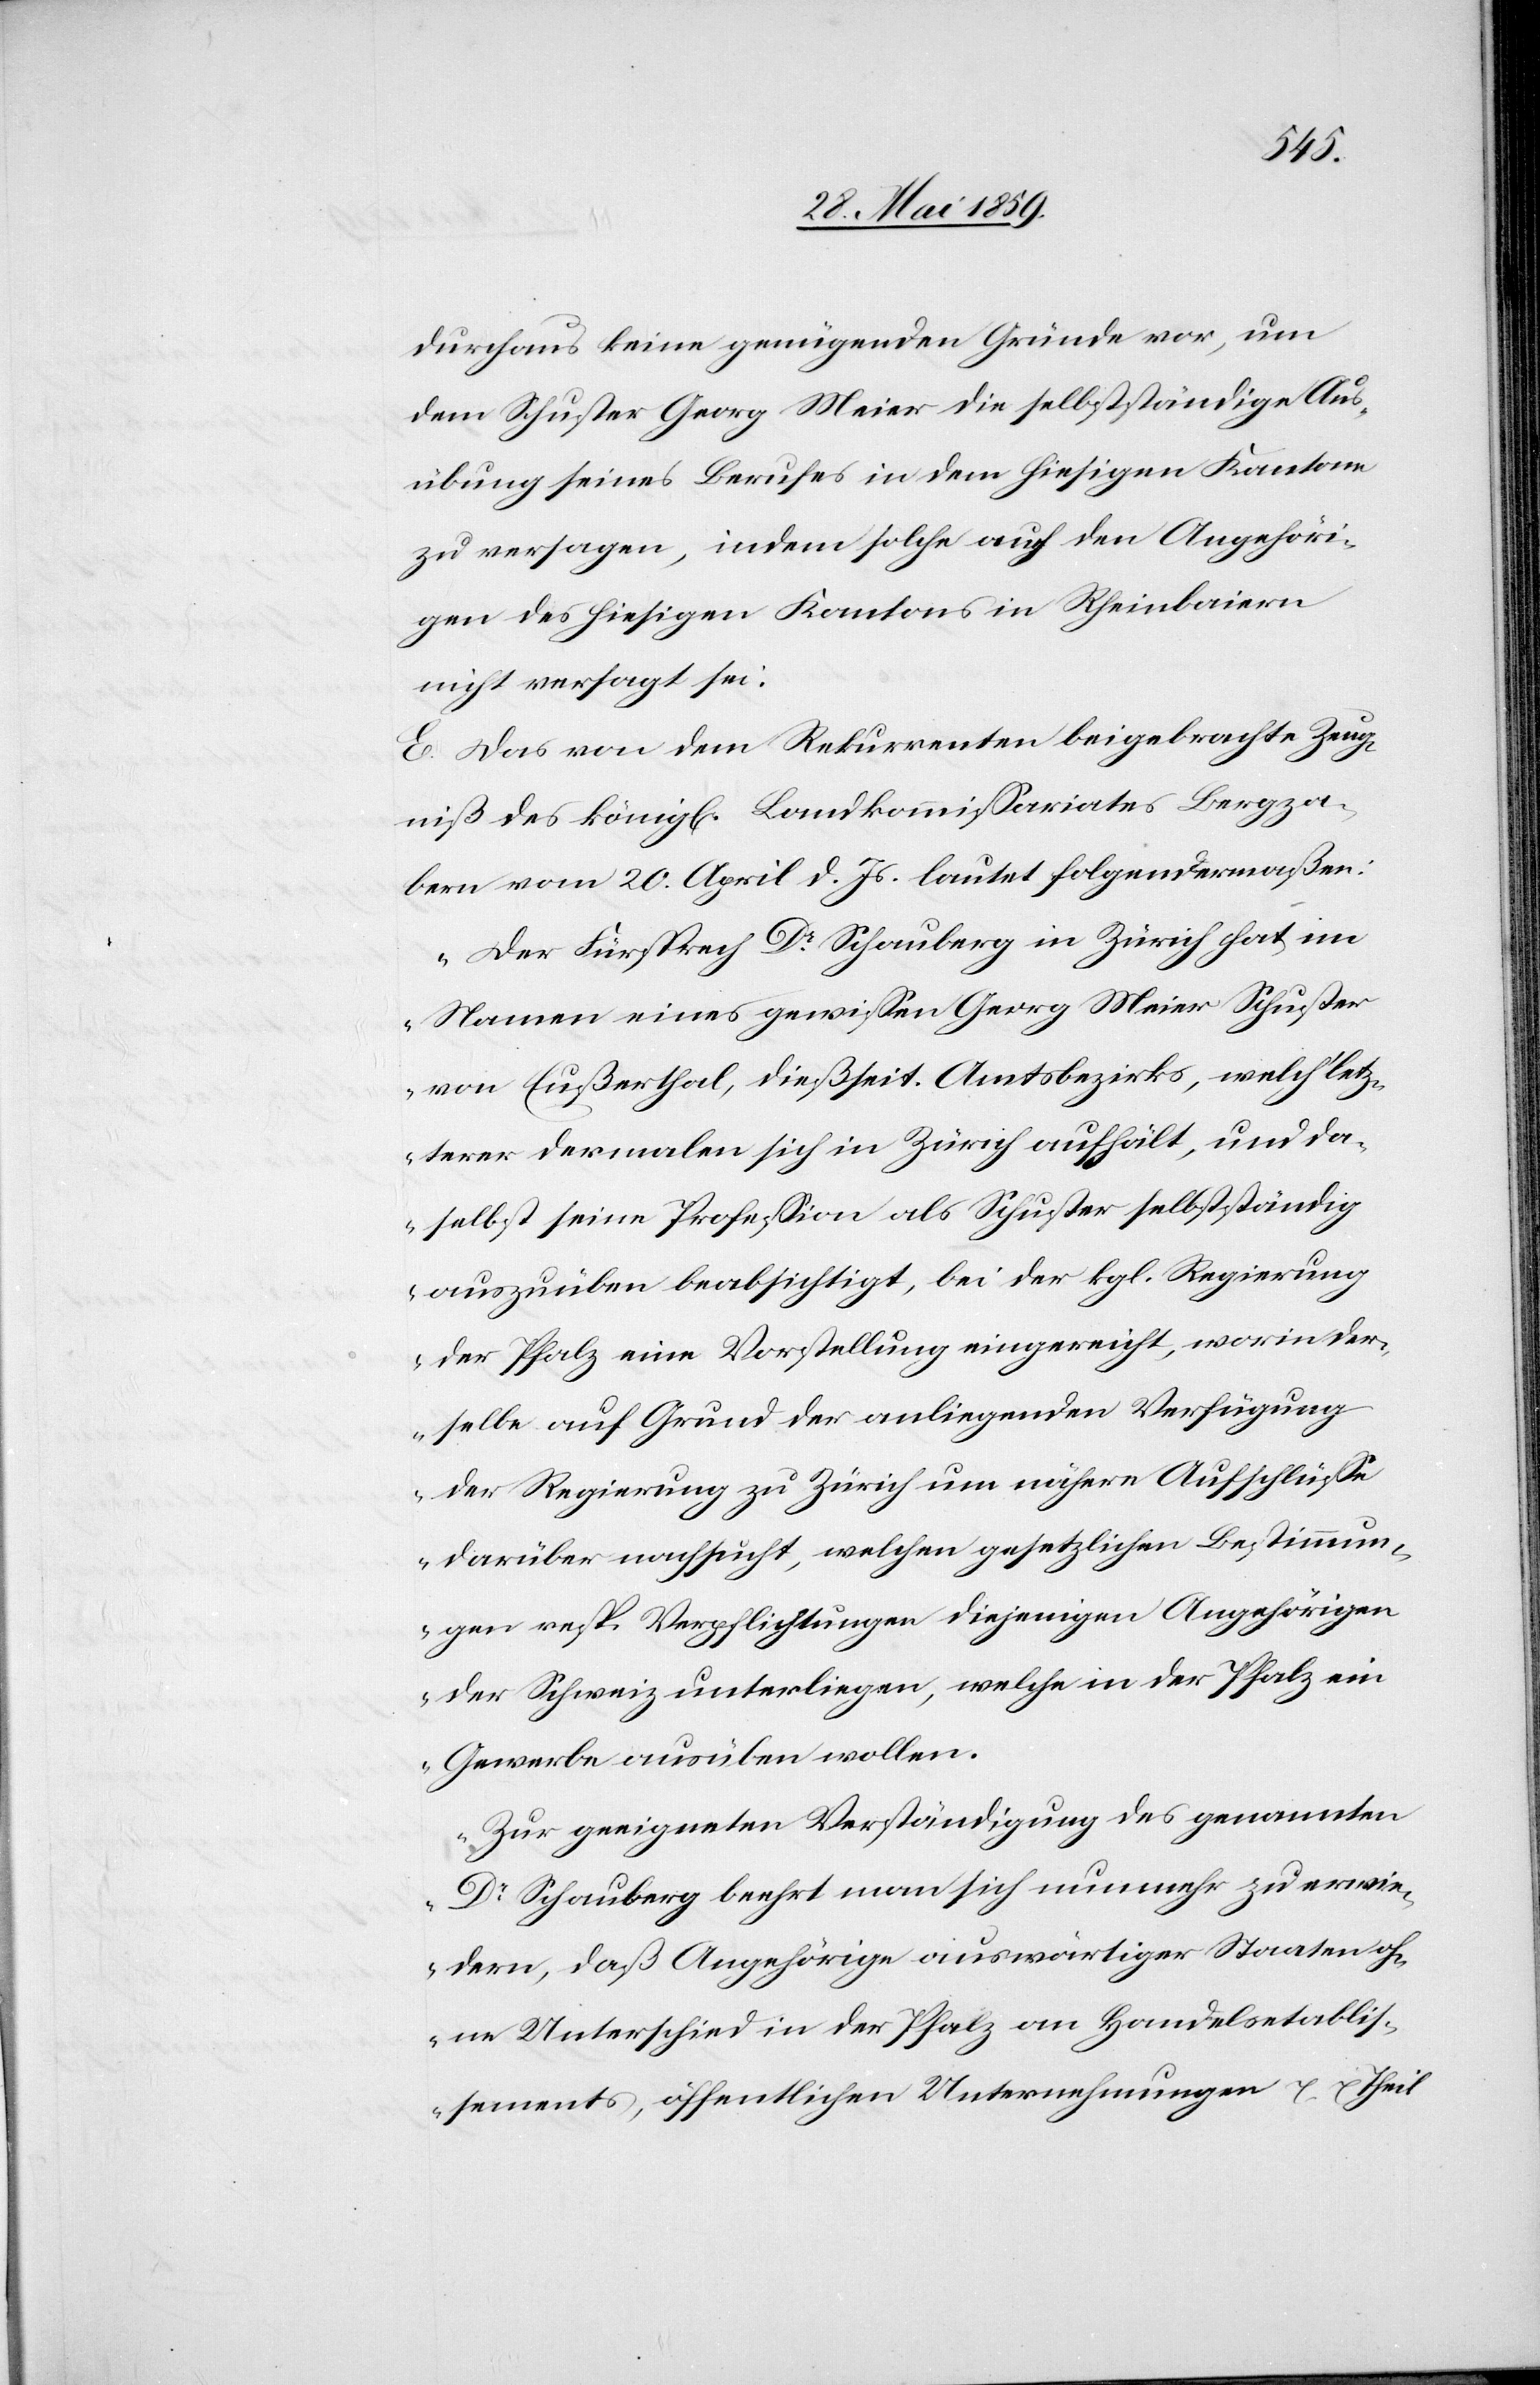
durchaus keine genügenden Gründe vor, um
dem Schuster Georg Meier die selbstständige Aus¬
übung seines Berufes in dem hiesigen Kanton
zu versagen, indem solche auch den Angehöri¬
gen des hiesigen Kantons in Rheinbaiern
nicht versagt sei.
E. Das von dem Rekurrenten beigebrachte Zeug¬
niß des königl. Landkommissariates Bergza¬
bern vom 20. April d. Js. lautet folgendermaßen:
„der Fürsprech Dr Schauberg in Zürich hat im
Namen eines gewissen Georg Meier Schuster
von Eußerthal, dießseit. Amtsbezirks, welch letz¬
terer dermalen sich in Zürich aufhält, und da¬
selbst seiner Profession als Schuster selbständig
auszuüben beabsichtigt, bei der kgl. Regierung
der Pfalz eine Vorstellung eingereicht, worin der¬
selbe auf Grund der anliegenden Verfügung
der Regierung zu Zürich um nähere Aufschlüsse
darüber nachsucht, welchen gesetzlichen Bestimmun¬
gen resp. Verpflichtungen diejenigen Angehörigen
der Schweiz unterliegen, welche in der Pfalz ein
Gewerbe ausüben wollen.
Zur geeigneten Verständigung des genannten
Dr. Schauberg beehrt man sich nunmehr zu erwie¬
dern, daß Angehörige auswärtiger Staaten oh¬
ne Unterschied in der Pfalz am Handelsetablis¬
sement, öffentlichen Unternehmungen [?ect.] theil-